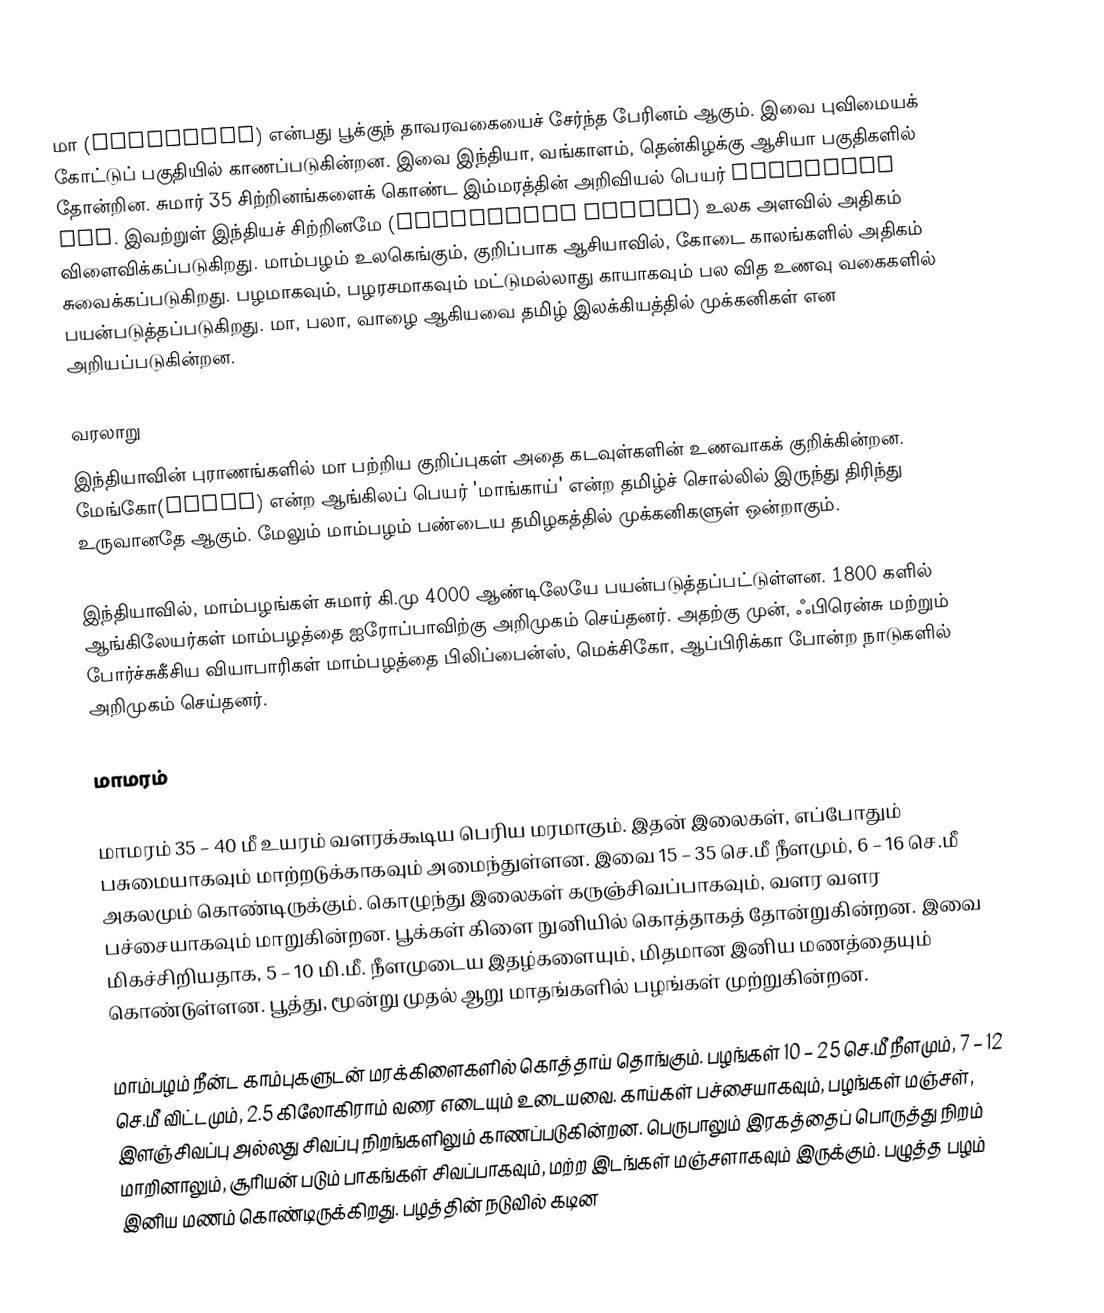
மா (Mangifera) என்பது பூக்குந் தாவரவகையைச் சேர்ந்த பேரினம் ஆகும். இவை புவிமையக் கோட்டுப் பகுதியில் காணப்படுகின்றன. இவை இந்தியா, வங்காளம், தென்கிழக்கு ஆசியா பகுதிகளில் தோன்றின. சுமார் 35 சிற்றினங்களைக் கொண்ட இம்மரத்தின் அறிவியல் பெயர் Mangifera spp. இவற்றுள் இந்தியச் சிற்றினமே (Mangiferra indica) உலக அளவில் அதிகம் விளைவிக்கப்படுகிறது. மாம்பழம் உலகெங்கும், குறிப்பாக ஆசியாவில், கோடை காலங்களில் அதிகம் சுவைக்கப்படுகிறது. பழமாகவும், பழரசமாகவும் மட்டுமல்லாது காயாகவும் பல வித உணவு வகைகளில் பயன்படுத்தப்படுகிறது. மா, பலா, வாழை ஆகியவை தமிழ் இலக்கியத்தில் முக்கனிகள் என அறியப்படுகின்றன.

வரலாறு
இந்தியாவின் புராணங்களில் மா பற்றிய குறிப்புகள் அதை கடவுள்களின் உணவாகக் குறிக்கின்றன.  மேங்கோ(Mango) என்ற ஆங்கிலப் பெயர் 'மாங்காய்' என்ற தமிழ்ச் சொல்லில் இருந்து திரிந்து உருவானதே ஆகும். மேலும் மாம்பழம் பண்டைய தமிழகத்தில் முக்கனிகளுள் ஒன்றாகும்.

இந்தியாவில், மாம்பழங்கள் சுமார் கி.மு 4000 ஆண்டிலேயே பயன்படுத்தப்பட்டுள்ளன. 1800 களில் ஆங்கிலேயர்கள் மாம்பழத்தை ஐரோப்பாவிற்கு அறிமுகம் செய்தனர். அதற்கு முன், ஃபிரென்சு மற்றும் போர்ச்சுகீசிய வியாபாரிகள் மாம்பழத்தை பிலிப்பைன்ஸ், மெக்சிகோ, ஆப்பிரிக்கா போன்ற நாடுகளில் அறிமுகம் செய்தனர்.

மாமரம்

மாமரம் 35 – 40 மீ உயரம் வளரக்கூடிய பெரிய மரமாகும். இதன் இலைகள், எப்போதும் பசுமையாகவும் மாற்றடுக்காகவும் அமைந்துள்ளன. இவை 15 – 35 செ.மீ நீளமும், 6 – 16 செ.மீ அகலமும் கொண்டிருக்கும். கொழுந்து இலைகள் கருஞ்சிவப்பாகவும், வளர வளர பச்சையாகவும் மாறுகின்றன. பூக்கள் கிளை நுனியில் கொத்தாகத் தோன்றுகின்றன. இவை மிகச்சிறியதாக, 5 – 10 மி.மீ. நீளமுடைய இதழ்களையும், மிதமான இனிய மணத்தையும் கொண்டுள்ளன. பூத்து, மூன்று முதல் ஆறு மாதங்களில் பழங்கள் முற்றுகின்றன.

மாம்பழம் நீன்ட காம்புகளுடன் மரக்கிளைகளில் கொத்தாய் தொங்கும். பழங்கள் 10 – 25 செ.மீ நீளமும், 7 – 12 செ.மீ விட்டமும், 2.5 கிலோகிராம் வரை எடையும் உடையவை. காய்கள் பச்சையாகவும், பழங்கள் மஞ்சள், இளஞ்சிவப்பு அல்லது சிவப்பு நிறங்களிலும் காணப்படுகின்றன. பெருபாலும் இரகத்தைப் பொருத்து நிறம் மாறினாலும், சூரியன் படும் பாகங்கள் சிவப்பாகவும், மற்ற இடங்கள் மஞ்சளாகவும் இருக்கும். பழுத்த பழம் இனிய மணம் கொண்டிருக்கிறது. பழத்தின் நடுவில் கடின